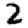
Digit: 2